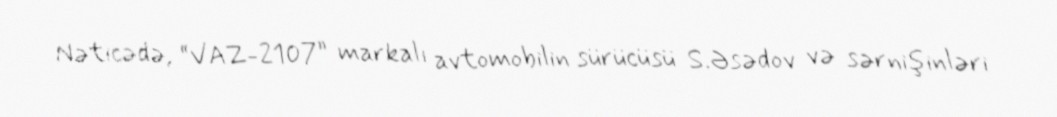
Nəticədə, “VAZ-2107” markalı avtomobilin sürücüsü S.Əsədov və sərnişinləri